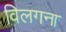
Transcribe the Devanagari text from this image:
विलगना